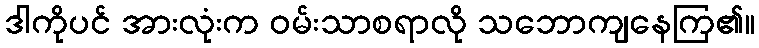
ဒါကိုပင် အားလုံးက ဝမ်းသာစရာလို သဘောကျနေကြ၏။